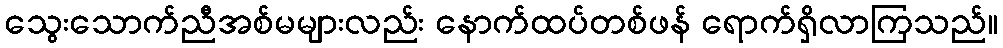
သွေးသောက်ညီအစ်မများလည်း နောက်ထပ်တစ်ဖန် ရောက်ရှိလာကြသည်။